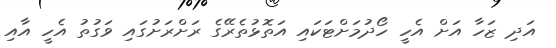
އަދި ޒަހާ އަށް އެހީ ހޯދުމަށްޓަކައި އަތޮޅުތެރޭގެ ރަށްރަށުގައި ވަގުތު އެހީ އާއި